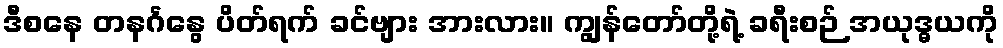
ဒီစနေ တနင်္ဂနွေ ပိတ်ရက် ခင်ဗျား အားလား။ ကျွန်တော်တို့ရဲ့ ခရီးစဉ် အယုဒ္ဓယကို